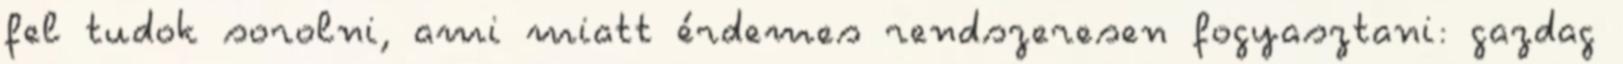
fel tudok sorolni, ami miatt érdemes rendszeresen fogyasztani: gazdag